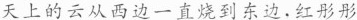
天上的云从西边一直烧到东边，红彤彤